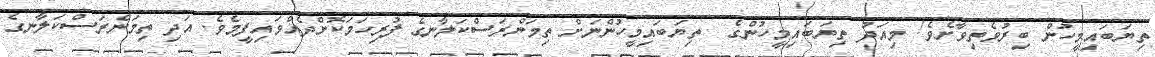
ތިޔަބައިމީހުން ބިރުވެތިވާށެވެ! މިއަދު ތިޔަބައިމީހުންގެ  ތިޔަބައިމީހުންނަށް ތިމަންރަސްކަލާނގެ ފުރިހަމަކޮށްދެއްވައިފީމެވެ. އަދި ތިމަންރަސްކަލާނގެ